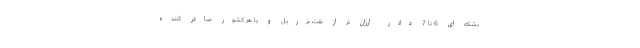
بشکه ای 6 تا 7 دلار ارزان تر از نفت بزریل و یا هر کشور صادر کننده